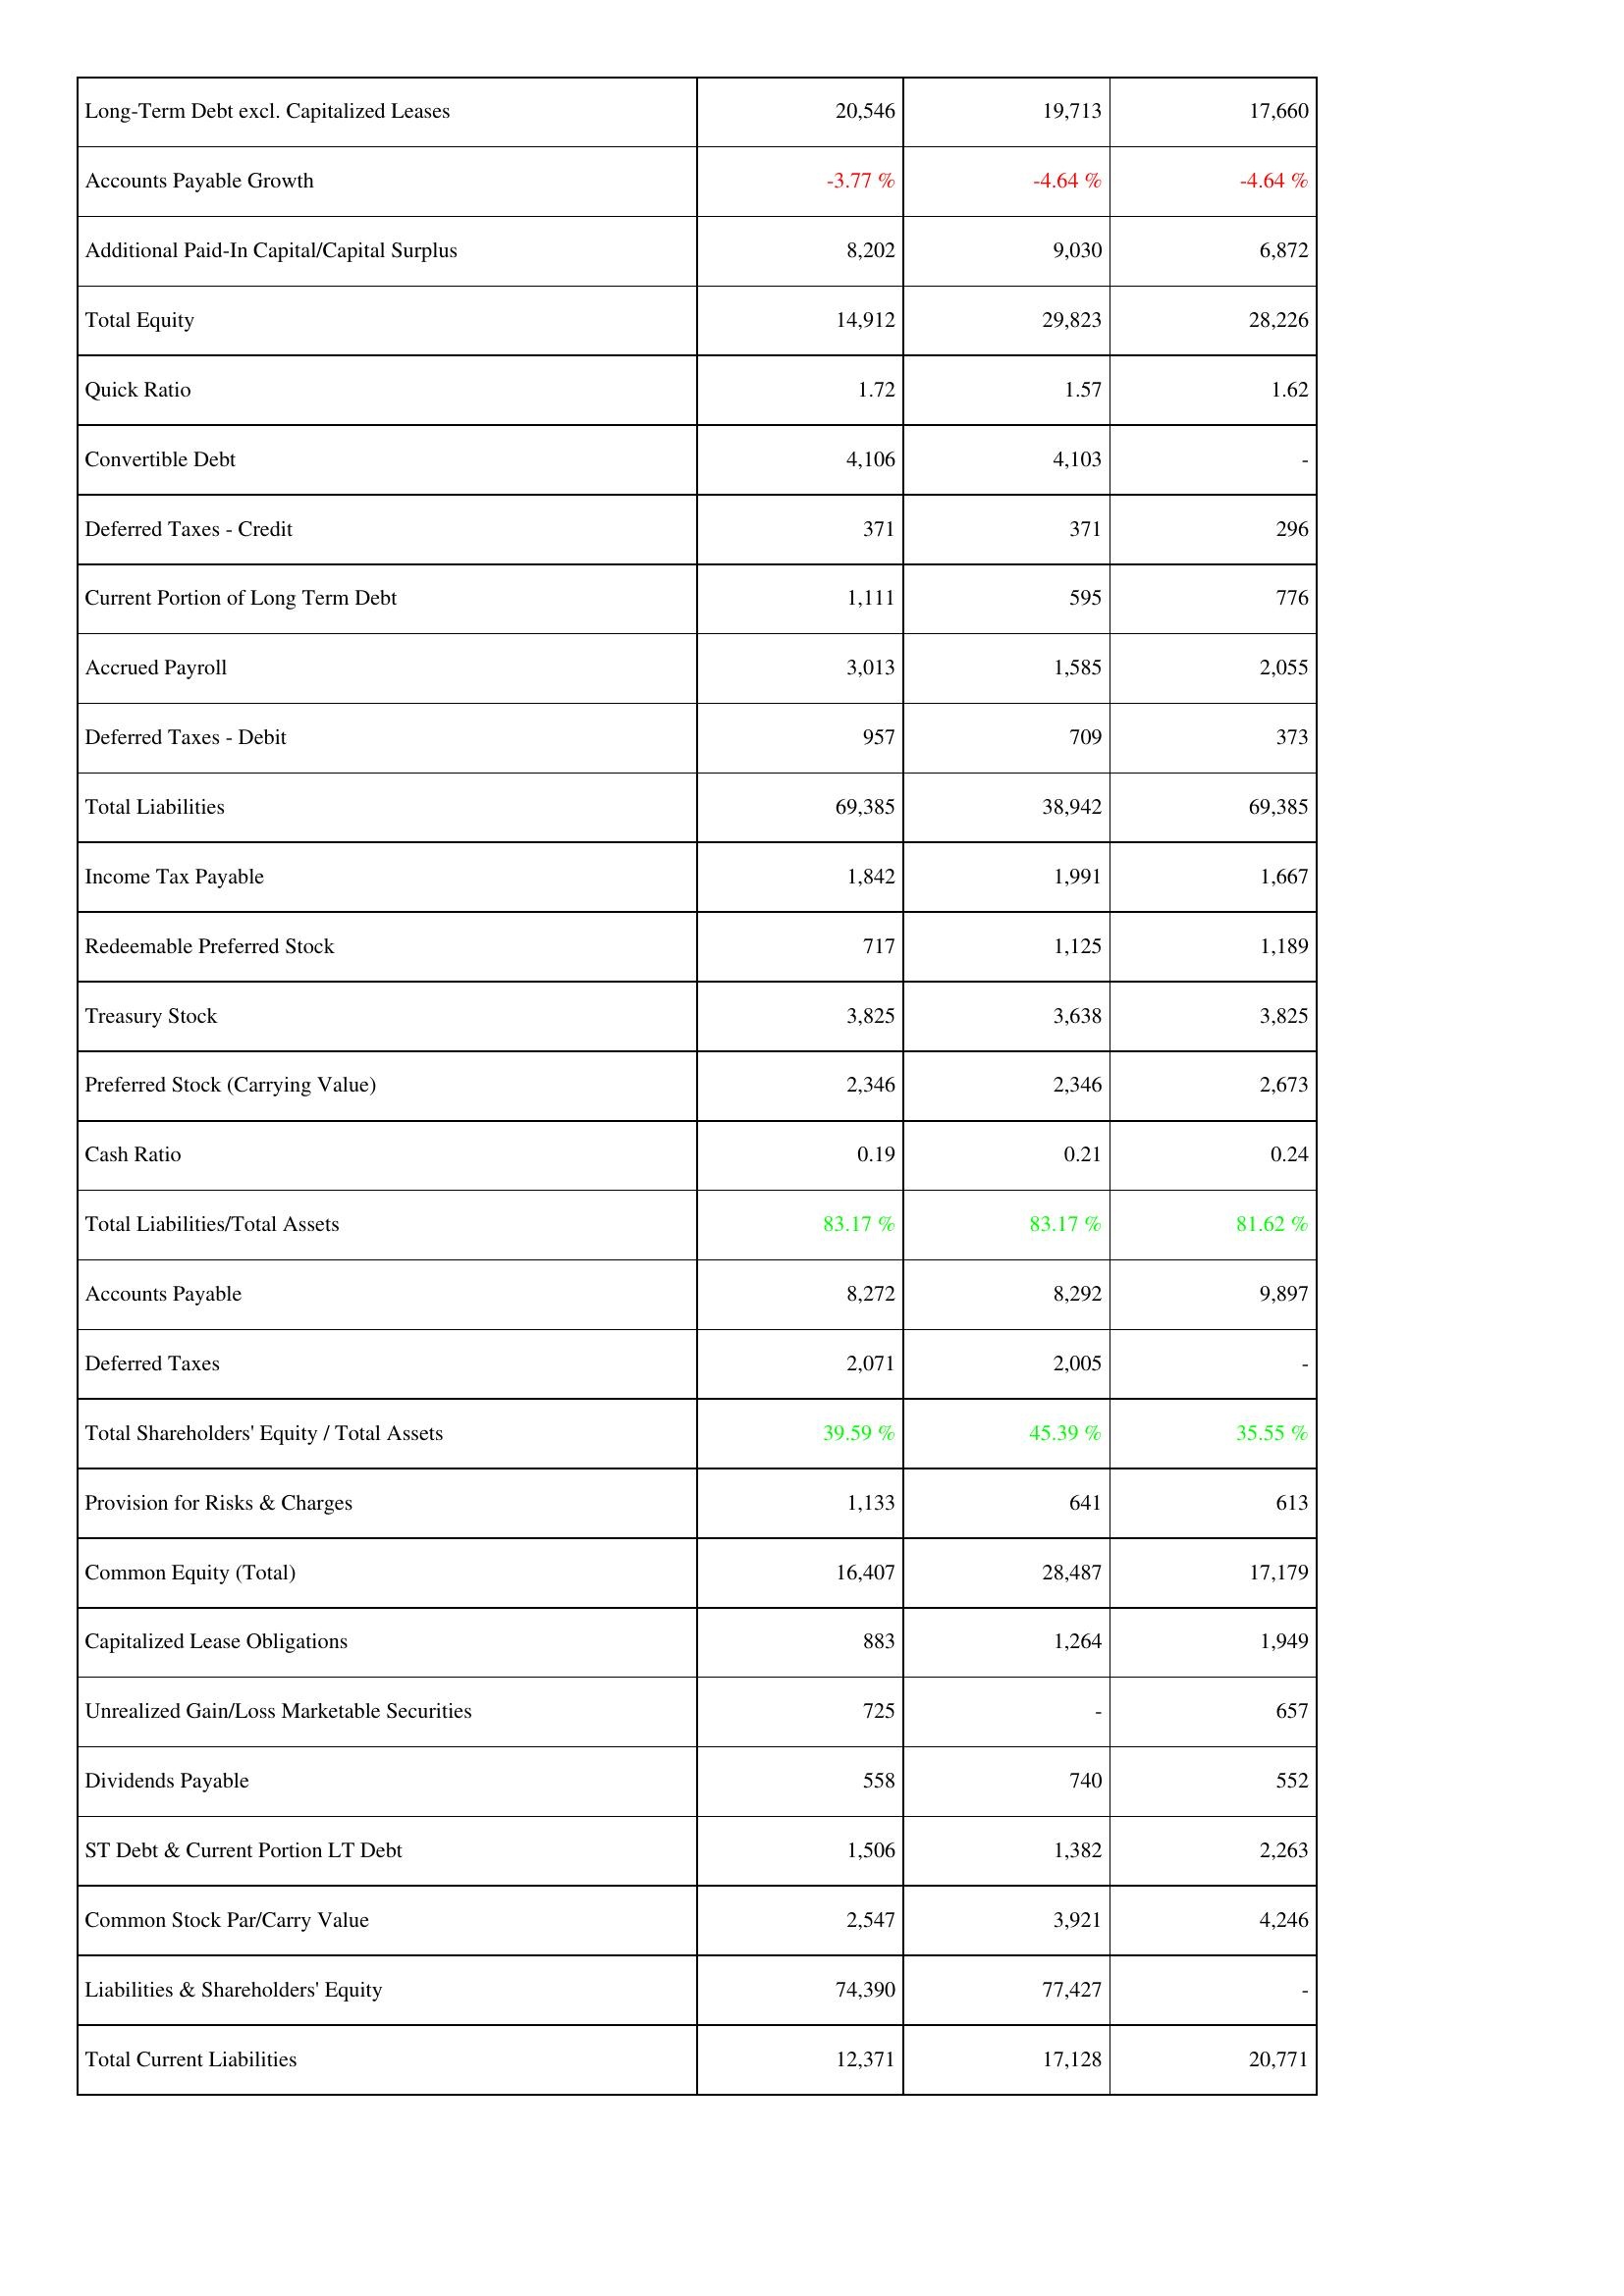
2022: Liabilities & Shareholders' Equity: Long-Term Debt excl. Capitalized Leases: 20,546
Accounts Payable Growth: -3.77 %
Additional Paid-In Capital/Capital Surplus: 8,202
Total Equity: 14,912
Quick Ratio: 1.72
Convertible Debt: 4,106
Deferred Taxes - Credit: 371
Current Portion of Long Term Debt: 1,111
Accrued Payroll: 3,013
Deferred Taxes - Debit: 957
Total Liabilities: 69,385
Income Tax Payable: 1,842
Redeemable Preferred Stock: 717
Treasury Stock: 3,825
Preferred Stock (Carrying Value): 2,346
Cash Ratio: 0.19
Total Liabilities/Total Assets: 83.17 %
Accounts Payable: 8,272
Deferred Taxes: 2,071
Total Shareholders' Equity / Total Assets: 39.59 %
Provision for Risks & Charges: 1,133
Common Equity (Total): 16,407
Capitalized Lease Obligations: 883
Unrealized Gain/Loss Marketable Securities: 725
Dividends Payable: 558
ST Debt & Current Portion LT Debt: 1,506
Common Stock Par/Carry Value: 2,547
Liabilities & Shareholders' Equity: 74,390
Total Current Liabilities: 12,371
2021: Liabilities & Shareholders' Equity: Long-Term Debt excl. Capitalized Leases: 19,713
Accounts Payable Growth: -4.64 %
Additional Paid-In Capital/Capital Surplus: 9,030
Total Equity: 29,823
Quick Ratio: 1.57
Convertible Debt: 4,103
Deferred Taxes - Credit: 371
Current Portion of Long Term Debt: 595
Accrued Payroll: 1,585
Deferred Taxes - Debit: 709
Total Liabilities: 38,942
Income Tax Payable: 1,991
Redeemable Preferred Stock: 1,125
Treasury Stock: 3,638
Preferred Stock (Carrying Value): 2,346
Cash Ratio: 0.21
Total Liabilities/Total Assets: 83.17 %
Accounts Payable: 8,292
Deferred Taxes: 2,005
Total Shareholders' Equity / Total Assets: 45.39 %
Provision for Risks & Charges: 641
Common Equity (Total): 28,487
Capitalized Lease Obligations: 1,264
Unrealized Gain/Loss Marketable Securities: -
Dividends Payable: 740
ST Debt & Current Portion LT Debt: 1,382
Common Stock Par/Carry Value: 3,921
Liabilities & Shareholders' Equity: 77,427
Total Current Liabilities: 17,128
2020: Liabilities & Shareholders' Equity: Long-Term Debt excl. Capitalized Leases: 17,660
Accounts Payable Growth: -4.64 %
Additional Paid-In Capital/Capital Surplus: 6,872
Total Equity: 28,226
Quick Ratio: 1.62
Convertible Debt: -
Deferred Taxes - Credit: 296
Current Portion of Long Term Debt: 776
Accrued Payroll: 2,055
Deferred Taxes - Debit: 373
Total Liabilities: 69,385
Income Tax Payable: 1,667
Redeemable Preferred Stock: 1,189
Treasury Stock: 3,825
Preferred Stock (Carrying Value): 2,673
Cash Ratio: 0.24
Total Liabilities/Total Assets: 81.62 %
Accounts Payable: 9,897
Deferred Taxes: -
Total Shareholders' Equity / Total Assets: 35.55 %
Provision for Risks & Charges: 613
Common Equity (Total): 17,179
Capitalized Lease Obligations: 1,949
Unrealized Gain/Loss Marketable Securities: 657
Dividends Payable: 552
ST Debt & Current Portion LT Debt: 2,263
Common Stock Par/Carry Value: 4,246
Liabilities & Shareholders' Equity: -
Total Current Liabilities: 20,771